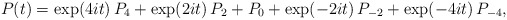
\begin{align*}P(t)=\exp(4it)\,P_4+\exp(2it)\,P_2+P_0+\exp(-2it)\,P_{-2}+\exp(-4it)\,P_{-4},\end{align*}